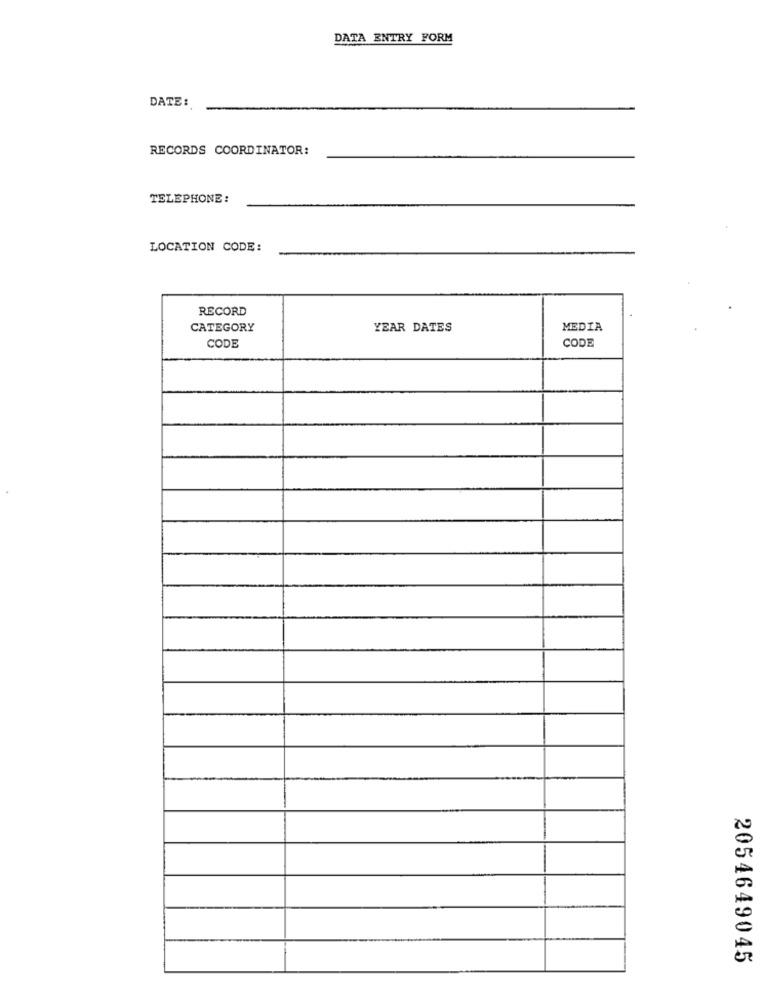
DATA ENTRY FORM
DATE:
RECORDS COORDINATOR:
TELEPHONE :
LOCATION CODE:
RECORD
CATEGORY
YEAR DATES
MEDIA
CODE
CODE
2054649045